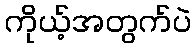
ကိုယ့်အတွက်ပဲ